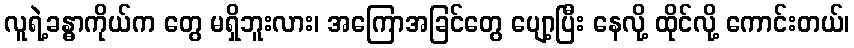
လူရဲ့ခန္ဓာကိုယ်က တွေ မရှိဘူးလား၊ အကြောအခြင်တွေ ပျော့ပြီး နေလို့ ထိုင်လို့ ကောင်းတယ်၊